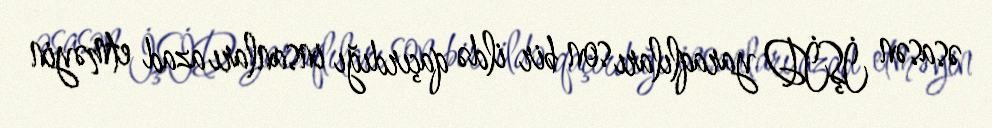
əsasən İŞİD yaraqlıları son bir ildə qaçırdığı insanları azad etməyin